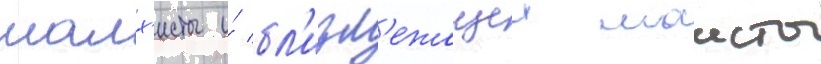
малх'исты и́ бл'изл'ежащеи маисты